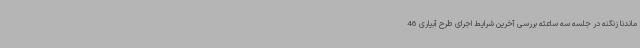
ماندنا زنگنه در جلسه سه ساعته بررسی آخرین شرایط اجرای طرح آبیاری 46